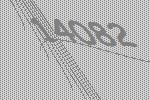
14082